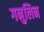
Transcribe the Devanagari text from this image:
गनुलिन